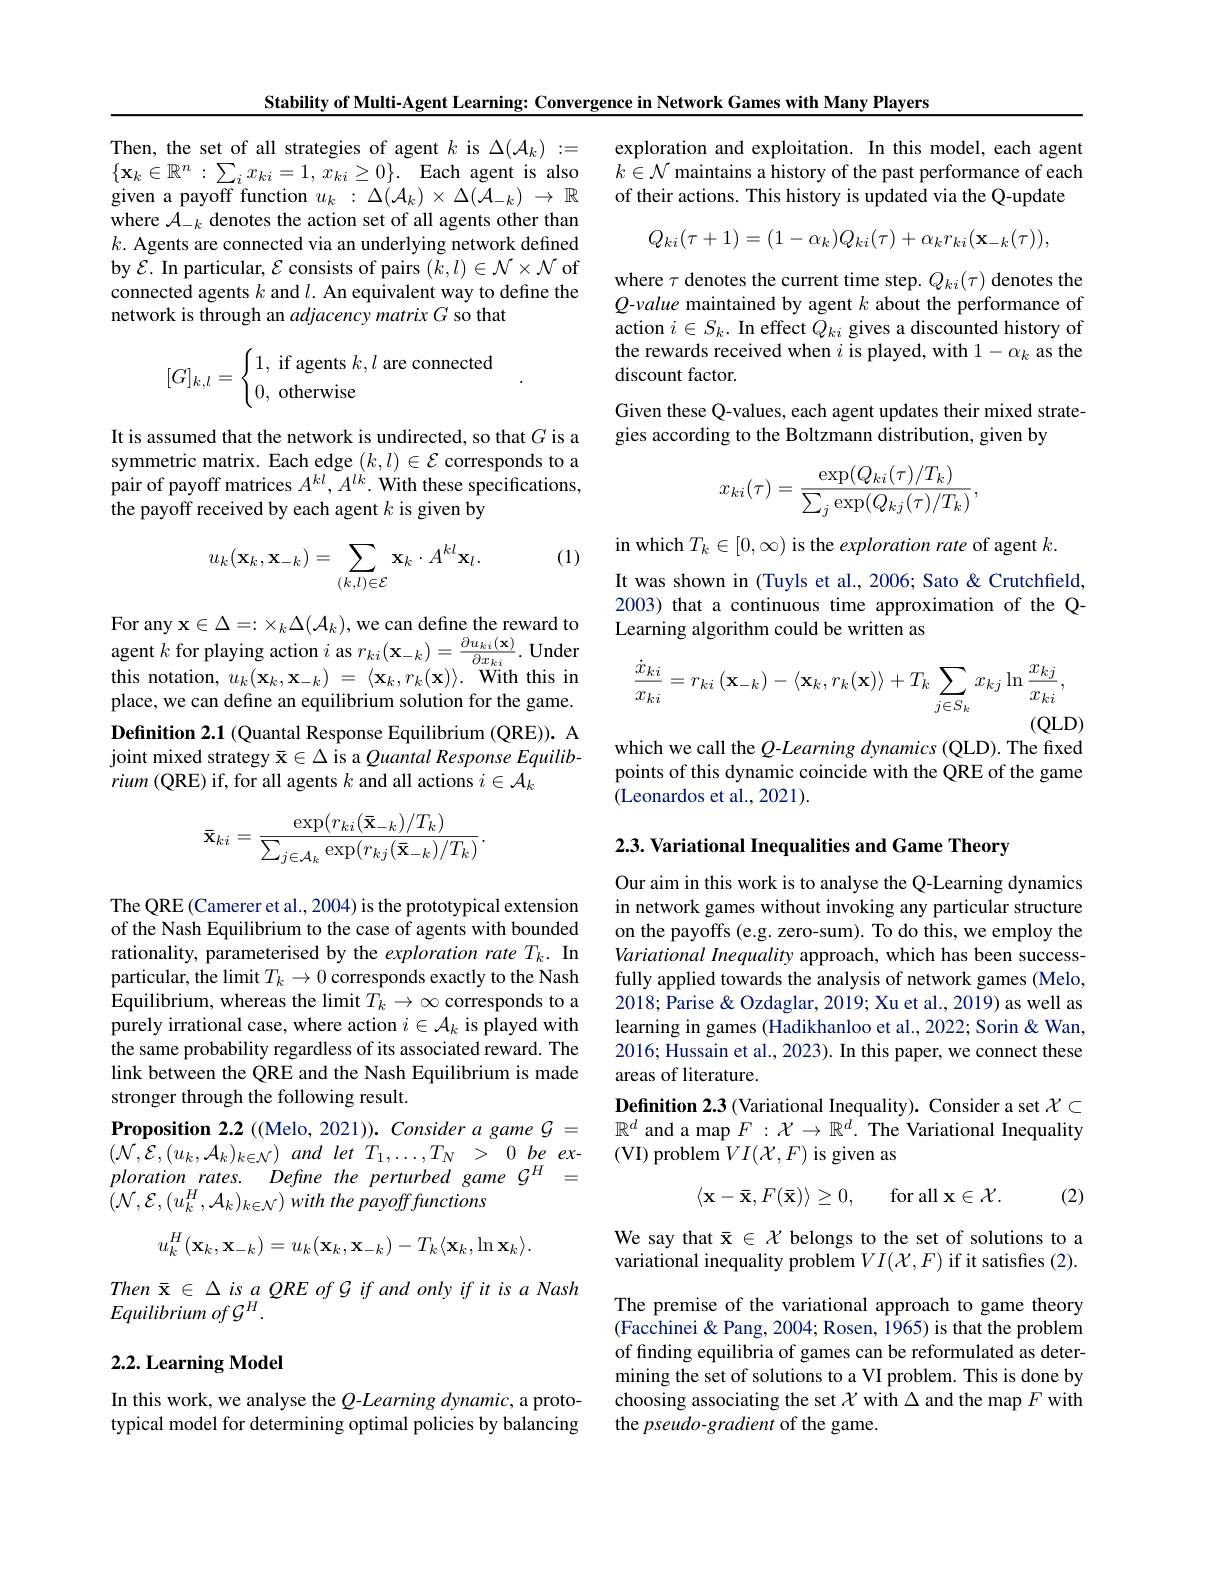
Stability of Multi-Agent Learning: Convergence in Network Games with Many Players

Then, the set of all strategies of agent $k$ is $\Delta(\mathcal{A}_k):=$ $\{ \mathbf{x} _{k}\in \mathbb{R} ^{n}: \sum _{i}x_{ki}= 1, x_{ki}\geq 0\} .$ Each agent is also given a payoff function $u_k:\Delta(\mathcal{A}_k)\times\Delta(\mathcal{A}_{-k})\to\mathbb{R}$ where $\mathcal{A}_-k$ denotes the action set of all agents other than $k.$ Agents are connected via an underlying network defined by $\mathcal{E}.$ In particular, $\mathcal{E}$ consists of pairs $(k,l)\in\mathcal{N}\times\mathcal{N}$ of connected agents $k$ and $l.$ An equivalent way to define the network is through an adjacency matrix $G$ so that
$$[G]_{k,l}=\begin{cases}1,\text{if agents}k,l\text{are connected}\\0,\text{otherwise}\end{cases}.$$
It is assumed that the network is undirected, so that $G$ is a symmetric matrix. Each edge $(k,l)\in\mathcal{E}$ corresponds to a pair of payoff matrices $A^kl,A^{lk}.$ With these specifications, the payoff received by each agent $k$ is given by

(1)
$$u_k(\mathbf{x}_k,\mathbf{x}_{-k})=\sum_{(k,l)\in\mathcal{E}}\mathbf{x}_k\cdot A^{kl}\mathbf{x}_l.$$
this notation, $u_k(\mathbf{x}_k,\mathbf{x}_{-k})~=~\langle\mathbf{x}_k,r_k(\mathbf{x})\rangle.~$With this in place, we can define an equilibrium solution for the game. Definition 2.1 (Quantal Response Equilibrium (QRE)). A joint mixed strategy $\bar{\mathbf{x}}\in\Delta$ is a Quantal Response Equilib- $rium($QRE) if, for all agents $k$ and all actions $i\in\mathcal{A}_k$
$$\mathbf{\bar{x}}_{ki}=\frac{\exp(r_{ki}(\mathbf{\bar{x}}_{-k})/T_{k})}{\sum_{j\in\mathcal{A}_{k}}\exp(r_{kj}(\mathbf{\bar{x}}_{-k})/T_{k})}.$$
The QRE (Camerer et al., 2004) is the prototypical extension of the Nash Equilibrium to the case of agents with bounded rationality, parameterised by the exploration rate $T_k.$ In particular, the limit $T_k\to0$ corresponds exactly to the Nash Equilibrium, whereas the limit $T_k\to\infty$ corresponds to a purely irrational case, where action $i\in\mathcal{A}_k$ is played with the same probability regardless of its associated reward. The link between the QRE and the Nash Equilibrium is made stronger through the following result.
Proposition 2.2 ((Melo, 2021)). Consider a game $\mathcal{G}=$ $(\mathcal{N},\mathcal{E},(u_{k},\mathcal{A}_{k})_{k\in\mathcal{N}})$ and let $T_1,\ldots,T_{N}$ > $0\textit{be ex-}_{n}$ ploration rates. Define the perturbed game $\mathcal{G}^H=$ $\left ( \mathcal{N} , \mathcal{E} , ( u_{k}^{H}, \mathcal{A} _{k}) _{k\in \mathcal{N} }\right ) with$ the payofffunctions
$$u_{k}^{H}(\mathbf{x}_{k},\mathbf{x}_{-k})=u_{k}(\mathbf{x}_{k},\mathbf{x}_{-k})-T_{k}\langle\mathbf{x}_{k},\ln\mathbf{x}_{k}\rangle.$$
Then $\bar{\mathbf{x} } \in \Delta is$ $a$ $QRE$ $of$ $G$ $if$ and only $if$ $it$ $is$ $a$ Nash
Equilibrium of $\mathcal{G}^H.$

## 2.2. Learning Model

In this work, we analyse the $Q$-Learning dynamic, a prototypical model for determining optimal policies by balancing

exploration and exploitation. In this model, each agent $k\in\mathcal{N}$ maintains a history of the past performance of each of their actions. This history is updated via the Q-update
$$Q_{ki}(\tau+1)=(1-\alpha_{k})Q_{ki}(\tau)+\alpha_{k}r_{ki}(\mathbf{x}_{-k}(\tau)),$$
where $\tau$ denotes the current time step. $Q_ki(\tau)$ denotes the Q-value maintained by agent $k$ about the performance of action $i\in S_k.$ In effect $Q_ki$ gives a discounted history of the rewards received when $i$ is played, with 1- $\alpha_k$ as the discount factor.
Given these Q-values, each agent updates their mixed strate-
gies according to the Boltzmann distribution, given by
$$x_{ki}(\tau)=\frac{\exp(Q_{ki}(\tau)/T_{k})}{\sum_{j}\exp(Q_{kj}(\tau)/T_{k})},$$
in which $T_k\in[0,\infty)$ is the exploration rate of agent $k.$
It was shown in (Tuyls et al., 2006; Sato & Crutchfield 2003) that a continuous time approximation of the Q-
For any x$\in \Delta$= : $\times _{k}\Delta ( \mathcal{A} _{k}) $,we can define the reward to Learning algorithm could be written as agent $k$ for playing action $i$ as $r_{ki}( \mathbf{x} _{- k}) = \frac {\partial u_{ki}( \mathbf{x} ) }{\partial x_{ki}}.$ Under $\dot{x}_{ki}$
$$\begin{aligned}\frac{\dot{x}_{ki}}{x_{ki}}=r_{ki}\left(\mathbf{x}_{-k}\right)-\langle\mathbf{x}_{k},r_{k}(\mathbf{x})\rangle+T_{k}\sum_{j\in S_{k}}x_{kj}\ln\frac{x_{kj}}{x_{ki}},\end{aligned}$$
$(QLD)$

which we call the $Q$-Learning dynamics (QLD). The fixed points of this dynamic coincide with the QRE of the game (Leonardos et al., 2021).

2.3. Variational Inequalities and Game Theory

Our aim in this work is to analyse the Q-Learning dynamics in network games without invoking any particular structure on the payoffs (e.g. zero-sum). To do this, we employ the Variational Inequality approach, which has been successfully applied towards the analysis of network games (Melo, 2018; Parise & Ozdaglar, 2019; Xu et al., 2019) as well as learning in games (Hadikhanloo et al., 2022; Sorin & Wan, 2016; Hussain et al., 2023). In this paper, we connect these areas of literature.
Definition 2.3 (Variational Inequality). Consider a set $\mathcal{X}\subset$ $\mathbb{R}^d$ and a map $F:\mathcal{X}\to\mathbb{R}^d.$ The Variational Inequality (VI) problem $VI(\mathcal{X},F)$ is given as
$$\langle\mathbf{x}-\mathbf{\bar{x}},F(\mathbf{\bar{x}})\rangle\geq0,\quad\mathrm{for\:all}\:\mathbf{x}\in\mathcal{X}.$$
(2)

We say that $\bar{\mathbf{x}}\in\mathcal{X}$ belongs to the set of solutions to a variational inequality problem $VI(\mathcal{X},F)$ if it satisfies (2). The premise of the variational approach to game theory (Facchinei& Pang, 2004; Rosen, 1965) is that the problem of finding equilibria of games can be reformulated as determining the set of solutions to a VI problem. This is done by choosing associating the set $X$ with $\Delta$ and the map $F$ with the pseudo-gradient of the game.